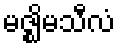
မဇ္ဈိမသီလံ